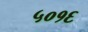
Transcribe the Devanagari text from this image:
५०१६